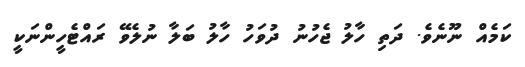
ކަމެއް ނޫނެވެ. ދަތި ހާލު ޖެހުނު ދުވަހު ހާލު ބަލާ ނުލެވޭ ރައްޓެހީންނަކީ